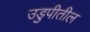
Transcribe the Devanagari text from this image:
उडुपीतील